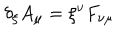
\delta _ { \xi } A _ { \mu } = \xi ^ { \nu } F _ { \nu \mu }